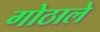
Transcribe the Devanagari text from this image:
गोठाले